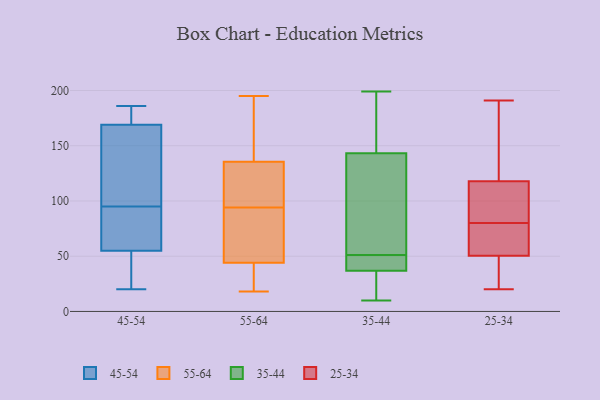
{"axis": {"x": "Backlog", "y": "Value"}, "legend": ["25-34", "35-44", "45-54", "55-64"], "data": [{"x": "", "y": 40, "type": "45-54"}, {"x": "", "y": 72, "type": "45-54"}, {"x": "", "y": 55, "type": "45-54"}, {"x": "", "y": 180, "type": "45-54"}, {"x": "", "y": 20, "type": "45-54"}, {"x": "", "y": 92, "type": "45-54"}, {"x": "", "y": 169, "type": "45-54"}, {"x": "", "y": 98, "type": "45-54"}, {"x": "", "y": 186, "type": "45-54"}, {"x": "", "y": 165, "type": "45-54"}, {"x": "", "y": 195, "type": "55-64"}, {"x": "", "y": 101, "type": "55-64"}, {"x": "", "y": 128, "type": "55-64"}, {"x": "", "y": 31, "type": "55-64"}, {"x": "", "y": 18, "type": "55-64"}, {"x": "", "y": 50, "type": "55-64"}, {"x": "", "y": 164, "type": "55-64"}, {"x": "", "y": 112, "type": "55-64"}, {"x": "", "y": 38, "type": "55-64"}, {"x": "", "y": 107, "type": "55-64"}, {"x": "", "y": 56, "type": "55-64"}, {"x": "", "y": 85, "type": "55-64"}, {"x": "", "y": 38, "type": "55-64"}, {"x": "", "y": 143, "type": "55-64"}, {"x": "", "y": 87, "type": "55-64"}, {"x": "", "y": 190, "type": "55-64"}, {"x": "", "y": 118, "type": "35-44"}, {"x": "", "y": 140, "type": "35-44"}, {"x": "", "y": 49, "type": "35-44"}, {"x": "", "y": 153, "type": "35-44"}, {"x": "", "y": 44, "type": "35-44"}, {"x": "", "y": 38, "type": "35-44"}, {"x": "", "y": 51, "type": "35-44"}, {"x": "", "y": 20, "type": "35-44"}, {"x": "", "y": 177, "type": "35-44"}, {"x": "", "y": 45, "type": "35-44"}, {"x": "", "y": 11, "type": "35-44"}, {"x": "", "y": 176, "type": "35-44"}, {"x": "", "y": 10, "type": "35-44"}, {"x": "", "y": 33, "type": "35-44"}, {"x": "", "y": 199, "type": "35-44"}, {"x": "", "y": 127, "type": "35-44"}, {"x": "", "y": 118, "type": "35-44"}, {"x": "", "y": 55, "type": "25-34"}, {"x": "", "y": 105, "type": "25-34"}, {"x": "", "y": 107, "type": "25-34"}, {"x": "", "y": 46, "type": "25-34"}, {"x": "", "y": 32, "type": "25-34"}, {"x": "", "y": 20, "type": "25-34"}, {"x": "", "y": 49, "type": "25-34"}, {"x": "", "y": 120, "type": "25-34"}, {"x": "", "y": 80, "type": "25-34"}, {"x": "", "y": 64, "type": "25-34"}, {"x": "", "y": 74, "type": "25-34"}, {"x": "", "y": 134, "type": "25-34"}, {"x": "", "y": 178, "type": "25-34"}, {"x": "", "y": 111, "type": "25-34"}, {"x": "", "y": 191, "type": "25-34"}]}